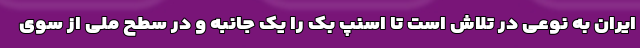
ایران به نوعی در تلاش است تا اسنپ بک را یک جانبه و در سطح ملی از سوی